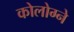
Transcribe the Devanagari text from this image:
कोलोग्ने